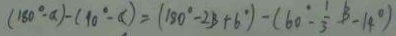
( 1 8 0 ^ { \circ } - a ) - ( 1 0 ^ { \circ } - a ) = ( 1 8 0 ^ { \circ } - 2 B + 6 ^ { \circ } ) - ( 6 0 ^ { \circ } - \frac { 1 } { 3 } B - 1 4 ^ { \circ } )